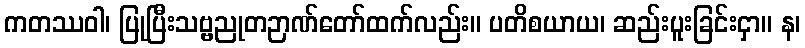
ကတဿဝါ၊ ပြုပြီးသဗ္ဗညုတဉာဏ်တော်ထက်လည်း။ ပတိစယာယ၊ ဆည်းပူးခြင်းငှာ။ န၊